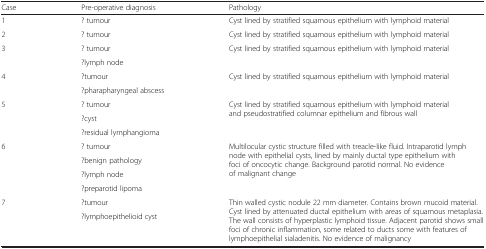
<table><thead><tr><td><b>Case</b></td><td><b>Pre-operative diagnosis</b></td><td><b>Pathology</b></td></tr></thead><tbody><tr><td>1</td><td>? tumour</td><td>Cyst lined by stratified squamous epithelium with lymphoid material</td></tr><tr><td>2</td><td>? tumour</td><td>Cyst lined by stratified squamous epithelium with lymphoid material</td></tr><tr><td rowspan="2">3</td><td>? tumour</td><td rowspan="2">Cyst lined by stratified squamous epithelium with lymphoid material</td></tr><tr><td>?lymph node</td></tr><tr><td rowspan="2">4</td><td>?tumour</td><td rowspan="2">Cyst lined by stratified squamous epithelium with lymphoid material</td></tr><tr><td>?pharapharyngeal abscess</td></tr><tr><td rowspan="3">5</td><td>? tumour</td><td rowspan="3">Cyst lined by stratified squamous epithelium with lymphoid material and pseudostratified columnar epithelium and fibrous wall</td></tr><tr><td>?cyst</td></tr><tr><td>?residual lymphangioma</td></tr><tr><td rowspan="4">6</td><td>? tumour</td><td rowspan="4">Multilocular cystic structure filled with treacle-like fluid. Intraparotid lymph node with epithelial cysts, lined by mainly ductal type epithelium with foci of oncocytic change. Background parotid normal. No evidence of malignant change</td></tr><tr><td>?benign pathology</td></tr><tr><td>?lymph node</td></tr><tr><td>?preparotid lipoma</td></tr><tr><td>7</td><td>?tumour</td><td>Thin walled cystic nodule 22 mm diameter. Contains brown mucoid material. Cyst lined by attenuated ductal epithelium with areas of squamous metaplasia. The wall consists of hyperplastic lymphoid tissue. Adjacent parotid shows small foci of chronic inflammation, some related to ducts some with features of lymphoepithelial sialadenitis. No evidence of malignancy</td></tr><tr><td> </td><td>?lymphoepithelioid cyst</td><td> </td></tr></tbody></table>